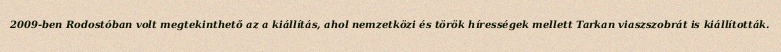
2009-ben Rodostóban volt megtekinthető az a kiállítás, ahol nemzetközi és török hírességek mellett Tarkan viaszszobrát is kiállították.